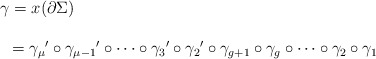
\begin{align*}\left.\begin{array}{l}\gamma=x(\partial\Sigma)\\\\\hspace{3mm}={\gamma_\mu}'\circ{\gamma_{\mu-1}}'\circ\cdots\circ{\gamma_3}'\circ{\gamma_2}'\circ\gamma_{g+1}\circ\gamma_g\circ\cdots\circ\gamma_2\circ\gamma_1\\\end{array}\right.\end{align*}